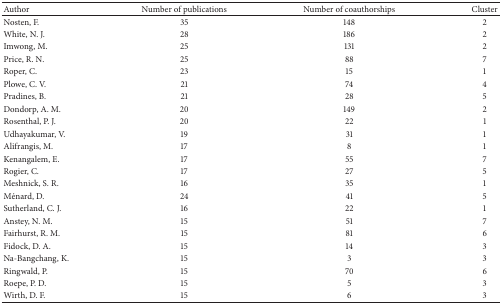
<table><thead><tr><td><b>Author</b></td><td><b>Number of publications</b></td><td><b>Number of coauthorships</b></td><td><b>Cluster</b></td></tr></thead><tbody><tr><td>Nosten, F.</td><td>35</td><td>148</td><td>2</td></tr><tr><td>White, N. J.</td><td>28</td><td>186</td><td>2</td></tr><tr><td>Imwong, M.</td><td>25</td><td>131</td><td>2</td></tr><tr><td>Price, R. N.</td><td>25</td><td>88</td><td>7</td></tr><tr><td>Roper, C.</td><td>23</td><td>15</td><td>1</td></tr><tr><td>Plowe, C. V.</td><td>21</td><td>74</td><td>4</td></tr><tr><td>Pradines, B.</td><td>21</td><td>28</td><td>5</td></tr><tr><td>Dondorp, A. M.</td><td>20</td><td>149</td><td>2</td></tr><tr><td>Rosenthal, P. J.</td><td>20</td><td>22</td><td>1</td></tr><tr><td>Udhayakumar, V.</td><td>19</td><td>31</td><td>1</td></tr><tr><td>Alifrangis, M.</td><td>17</td><td>8</td><td>1</td></tr><tr><td>Kenangalem, E.</td><td>17</td><td>55</td><td>7</td></tr><tr><td>Rogier, C.</td><td>17</td><td>27</td><td>5</td></tr><tr><td>Meshnick, S. R.</td><td>16</td><td>35</td><td>1</td></tr><tr><td>Ménard, D.</td><td>24</td><td>41</td><td>5</td></tr><tr><td>Sutherland, C. J.</td><td>16</td><td>22</td><td>1</td></tr><tr><td>Anstey, N. M.</td><td>15</td><td>51</td><td>7</td></tr><tr><td>Fairhurst, R. M.</td><td>15</td><td>81</td><td>6</td></tr><tr><td>Fidock, D. A.</td><td>15</td><td>14</td><td>3</td></tr><tr><td>Na-Bangchang, K.</td><td>15</td><td>3</td><td>3</td></tr><tr><td>Ringwald, P.</td><td>15</td><td>70</td><td>6</td></tr><tr><td>Roepe, P. D.</td><td>15</td><td>5</td><td>3</td></tr><tr><td>Wirth, D. F.</td><td>15</td><td>6</td><td>3</td></tr></tbody></table>